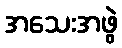
အသေးအဖွဲ